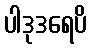
ပါဒုဒရေပိ